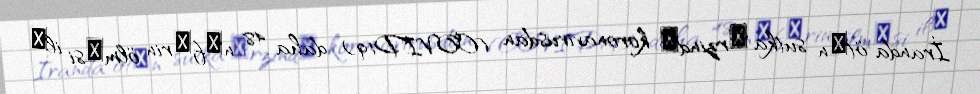
İranda ötәn sutka әrzindә koronavirusdan (COVID19) daha 48 nәfәrin ölmәsi ilә